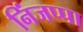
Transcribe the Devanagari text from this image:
निंजप्पा